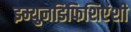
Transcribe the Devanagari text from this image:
इम्युनडिफिशिएंशी